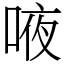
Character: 㖡